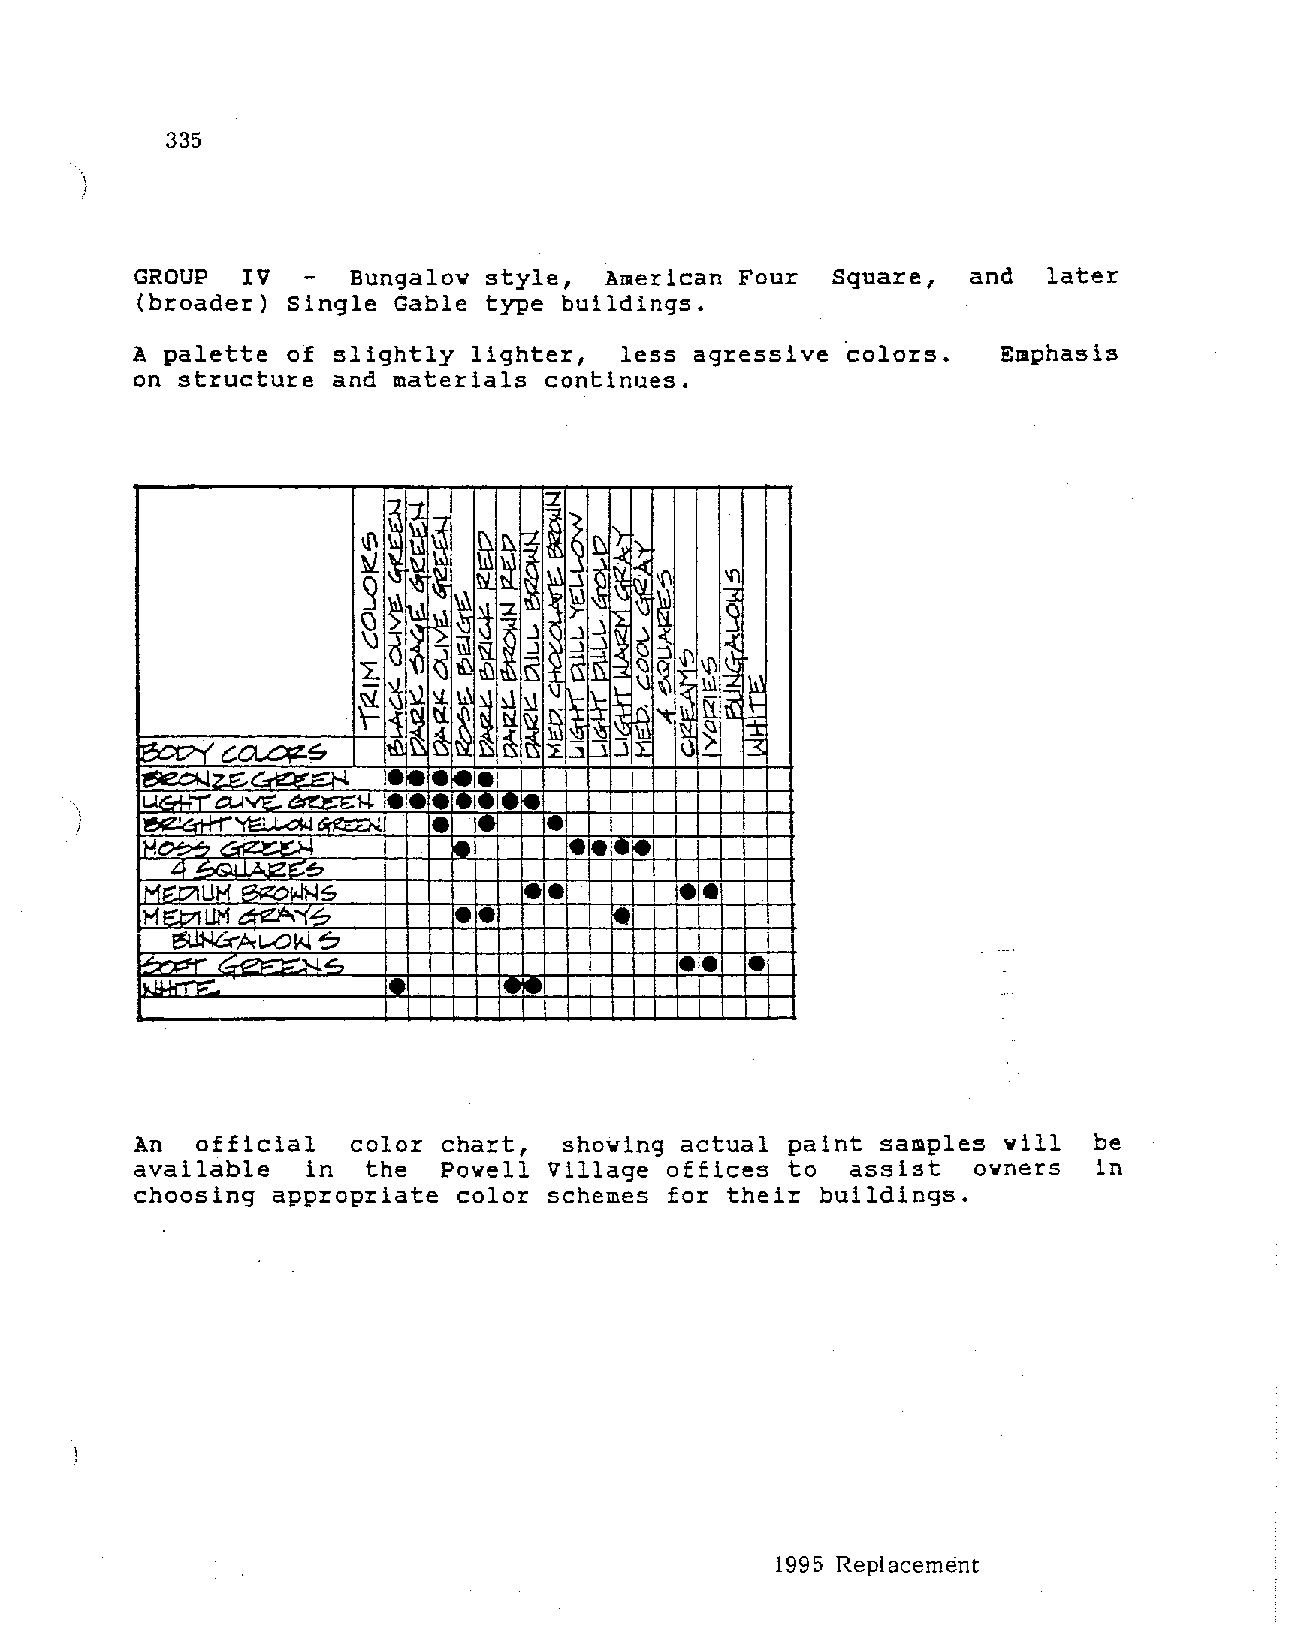
335
 GROUP  IV              style,  American Four  Square,  and  later
 Bungalo~
 (broader) Single Gable type buildings.
 A palette of slightly lighter,  less agressive 6olors.   Emphasis
 on structure and materials continues.
 11~.;1~
 I~      II\ !\ -:t. );
 ~~~  I~  I~      I.:!!
 ~~
 [(              I" ~     I<
 I~D~~~      ~  -i        1-!
 ~  ~       !~I~
 lg                 --~
 ·~            l\\1
 I I         ~~~~14 r\'1; ~
 .1."..:/ '2 ,_L l..l :'-' ..~
 _~             11f-••.
 • <=UYE: :1-1. I
 --""     1e
 ~ ,.   I•• ,
 4                                 .
 IMEl/IL                  I••        .I.
 IH~L                 I•        ~     ,.
 ~"r".A: 1..-01< ?                     •
 l.O::.
 [).,            [j      "!!I'
 I
 An  official  color chart,  shoving actual paint samples vill  be
 available  in  the  Powell Village offices to  assist  ovners  in
 choosing appropriate color schemes for their buildings.
 1995 Replacement